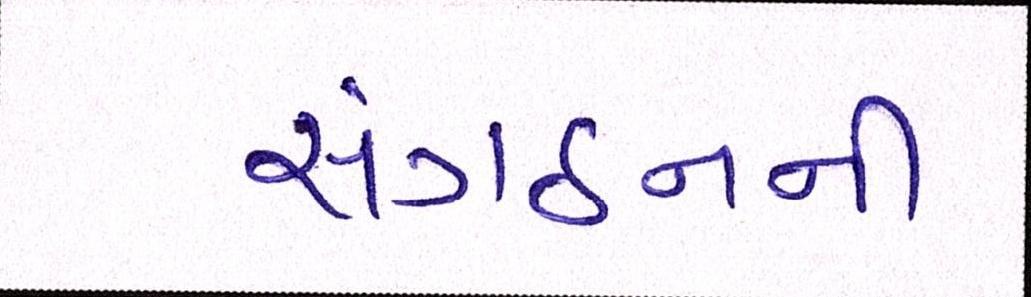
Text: સંગઠનની